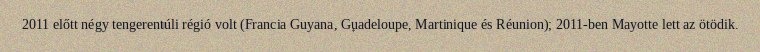
2011 előtt négy tengerentúli régió volt (Francia Guyana, Guadeloupe, Martinique és Réunion); 2011-ben Mayotte lett az ötödik.